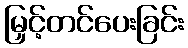
မြှင့်တင်ပေးခြင်း